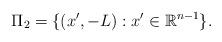
LaTeX: \begin{align*}\Pi_{2}= \{(x',-L): x'\in\mathbb{R}^{n-1}\}.\end{align*}